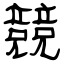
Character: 競